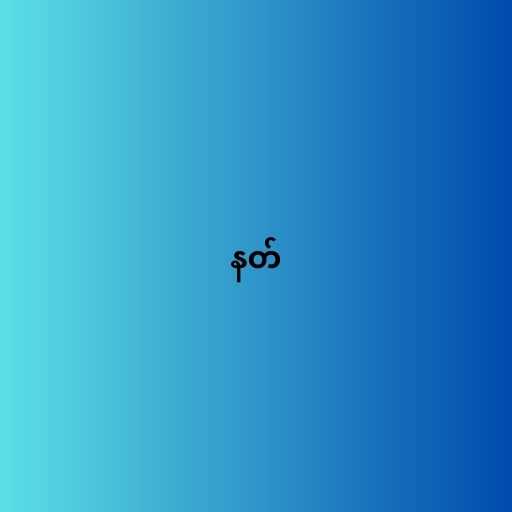
နတ်